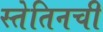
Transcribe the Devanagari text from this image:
स्तेतिनची